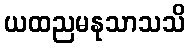
ယထညမနုသာသသိ